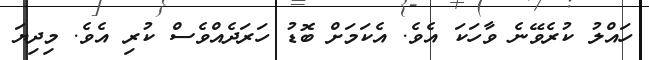
ހައްލު ކުރެވޭނެ ވާހަކަ އެވެ. އެކަމަށް ބޮޑު ހަރަދެއްވެސް ކުރި އެވެ. މިދިޔަ